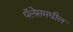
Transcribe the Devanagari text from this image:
पॅलेसमधील